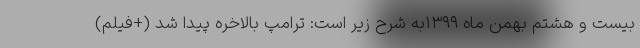
بیست و هشتم بهمن ماه ۱۳۹۹به شرح زیر است: ترامپ بالاخره پیدا شد (+فیلم)